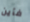
فأين